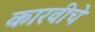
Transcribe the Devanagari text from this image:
कारवीचे